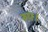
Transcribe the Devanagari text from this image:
रुप।